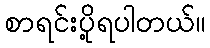
စာရင်းပို့ရပါတယ်။